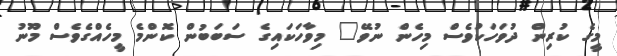
މީގެ ކުރިން ދުވަހަކުވެސް މިހެން ނުވޭ" މިވާހަކައިގެ ސަބަބުން ކޮންމެ މީހެއްގެވެސް މޫނު